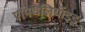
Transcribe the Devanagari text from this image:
एपिथेलियॉइड